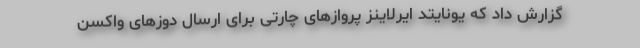
گزارش داد که یونایتد ایرلاینز پروازهای چارتی برای ارسال دوزهای واکسن